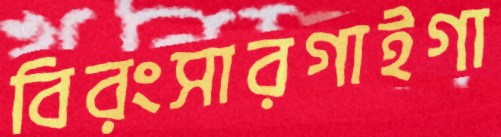
বিরংসারগাইগা